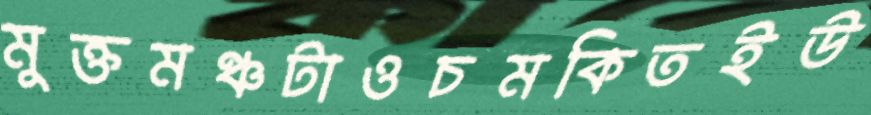
মুক্তমঞ্চটাওচমকিতইউ